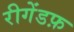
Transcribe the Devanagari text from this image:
रीगेंडफ़